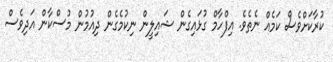
ކުރާކަށްވެސް ކަމެއް ނެތެވެ. އިފްހާމް ގުޅައިގެން ޝައިލީން ނިކުމެގެން ދިއުމުން މުސްކާން އަދިވެސް